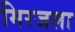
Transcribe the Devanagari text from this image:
मिरजला